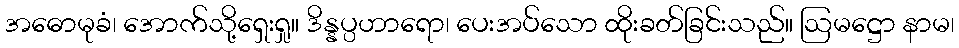
အဓောမုခံ၊ အောက်သို့ရှေးရှု။ ဒိန္နပ္ပဟာရော၊ ပေးအပ်သော ထိုးခတ်ခြင်းသည်။ ဩမဋ္ဌော နာမ၊